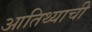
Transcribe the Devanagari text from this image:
आतिथ्याची